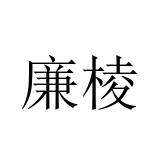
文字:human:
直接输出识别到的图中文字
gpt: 廉棱